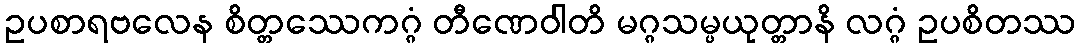
ဥပစာရဗလေန စိတ္တဿေကဂ္ဂံ တီဏေဝါတိ မဂ္ဂသမ္ပယုတ္တာနိ လဂ္ဂံ ဥပစိတဿ